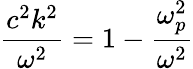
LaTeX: {\frac{c^{2}k^{2}}{\omega^{2}}}=1-{\frac{\omega_{p}^{2}}{\omega^{2}}}